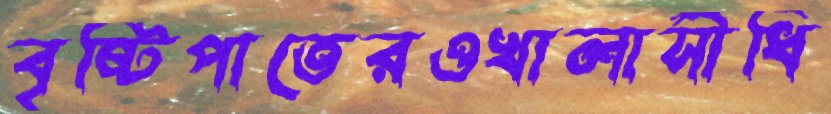
বৃষ্টিপাতেরওখালাসীধি